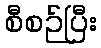
စီစဉ်ပြီး